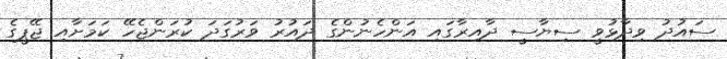
ސައުދު ވިދާޅުވީ ސިޔާސީ ދާއިރާގައި އަންހެނުންގެ ދައުރު ވަރުގަދަ ކުރަންޖެހޭ ކަމަށާއި ޖޭޕީގެ